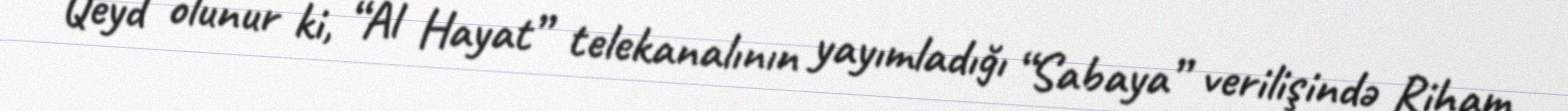
Qeyd olunur ki, “Al Hayat” telekanalının yayımladığı “Sabaya” verilişində Riham